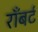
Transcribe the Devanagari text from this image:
राँबर्ट